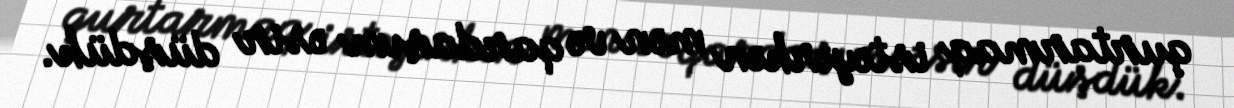
qurtarmaq istəyərkən mən və qardaşım əsir düşdük.